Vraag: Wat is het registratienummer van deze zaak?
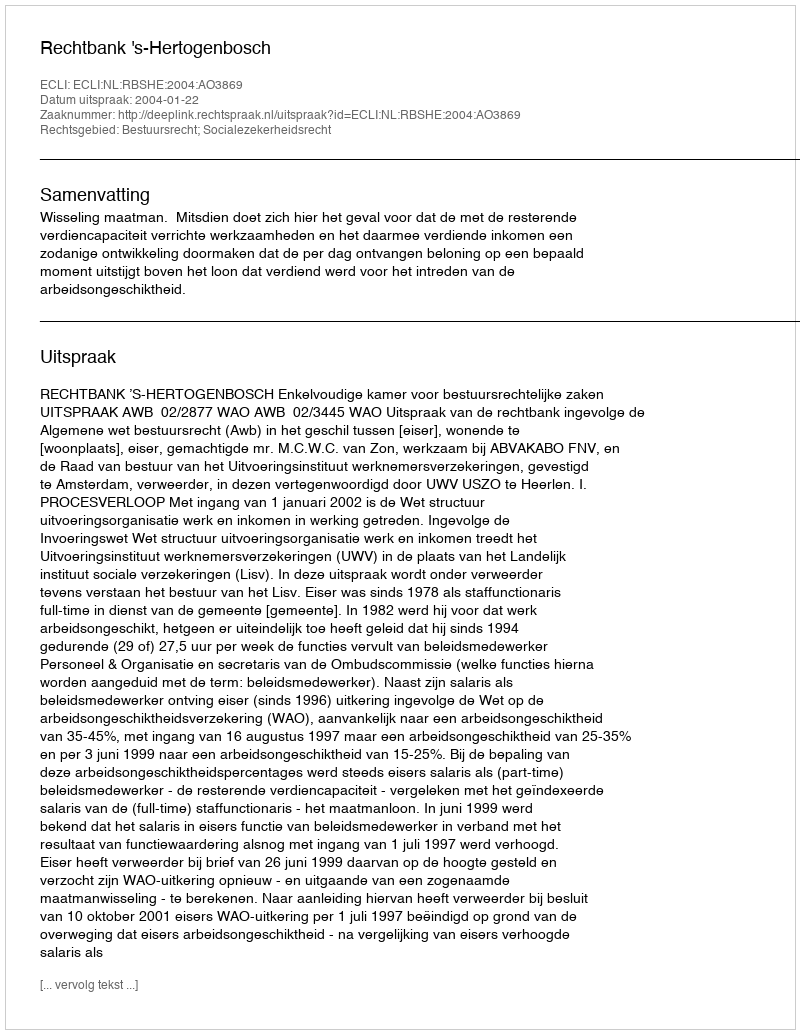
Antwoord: http://deeplink.rechtspraak.nl/uitspraak?id=ECLI:NL:RBSHE:2004:AO3869